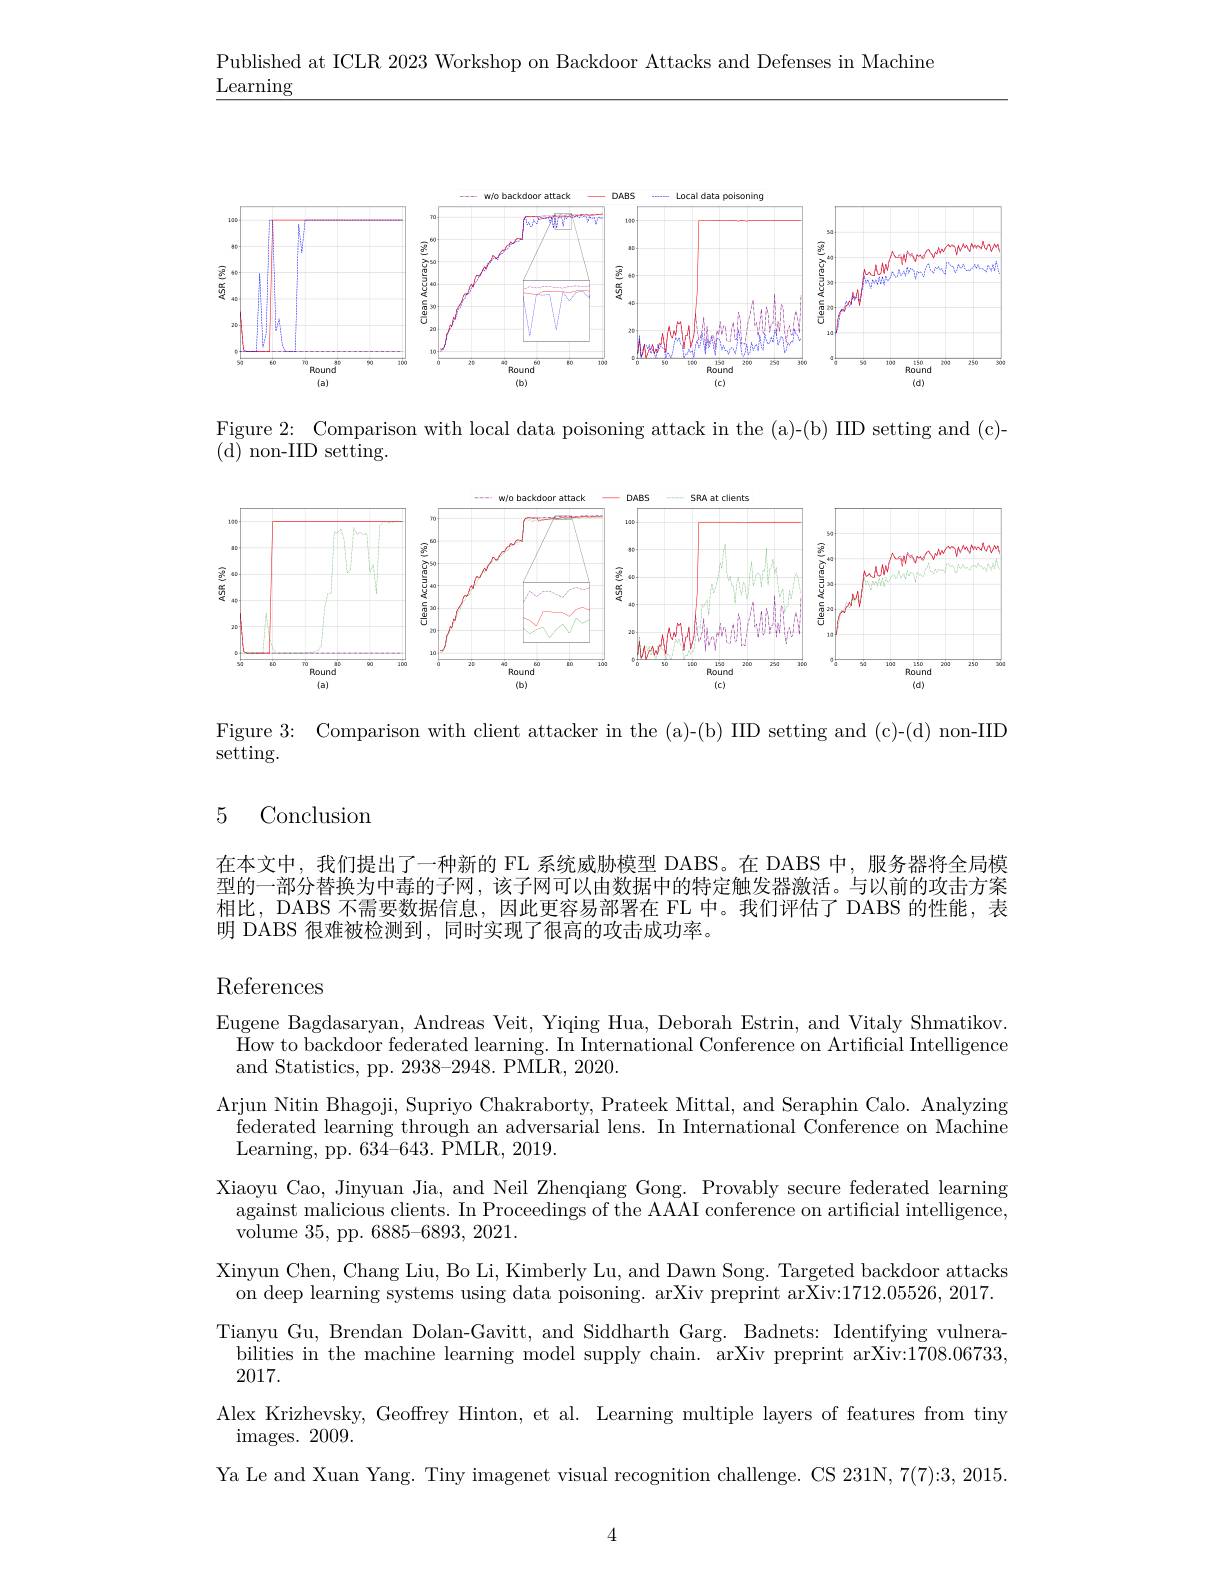
Published at ICLR 2023 Workshop on Backdoor Attacks and Defenses in Machine
$\underline{\mathrm{Learning}}$

<FigureHere>

Figure 2: Comparison with local data poisoning attack in the (a)-(b) IID setting and (c)-
( d) non- IID setting.

<FigureHere>

setting and (c)-(d) non-IIL
Figure 3: Comparison with client attacke
$\mathop{\mathrm{setting.}}$

## 5 Conclusion

在本文中，我们提出了一种新的 FL 系统威胁模型 DABS。在 DABS 中，服务器将全局模型的一部分替换为中毒的子网，该子网可以由数据中的特定触发器激活。与以前的攻击方案相比，DABS 不需要数据信息，因此更容易部署在 FL 中。我们评估了 DABS 的性能，表明 DABS 很难被检测到，同时实现了很高的攻击成功率。

References

Eugene Bagdasaryan, Andreas Veit, Yiqing Hua, Deborah Estrin, and Vitaly Shmatikov.
How to backdoor federated learning. In International Conference on Artificial Intelligence
and Statistics, pp. 2938-2948. PMLR, 2020.
Arjun Nitin Bhagoji, Supriyo Chakraborty, Prateek Mittal, and Seraphin Calo. Analyzing
federated learning through an adversarial lens. In International Conference on Machine
Learning, pp. 634-643. PMLR, 2019.
Xiaoyu Cao, Jinyuan Jia, and Neil Zhenqiang Gong. Provably secure federated learning
against malicious clients. In Proceedings of the AAAI conference on artificial intelligence,
${\mathrm{volume~35,~pp.~6885-6893,~2021.}}$
Xinyun Chen, Chang Liu, Bo Li, Kimberly Lu, and Dawn Song. Targeted backdoor attacks
on deep learning systems using data poisoning. arXiv preprint ar$\bar{\text{Xiv:}}1712.05526,2017.$ Tianyu Gu, Brendan Dolan-Gavitt, and Siddharth Garg. Badnets: Identifying vulnerabilities in the machine learning model supply chain. arXiv preprint arXiv:1708.06733, 2017.
Alex Krizhevsky, Geoffrey Hinton, et al. Learning multiple layers of features from tiny
${\mathrm{images.~2009.}}$
Ya Le and Xuan Yang. Tiny imagenet visual recognition challenge. CS 231N, 7(7):3, 2015.

4